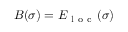
B ( \sigma ) = E _ { \mathrm { ~ l ~ o ~ c ~ } } ( \sigma )